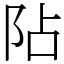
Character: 阽